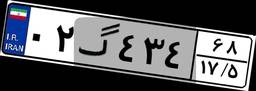
۰۲گ۴۳۴۶۸